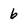
Character: b